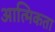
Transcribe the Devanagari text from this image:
आत्मिकता